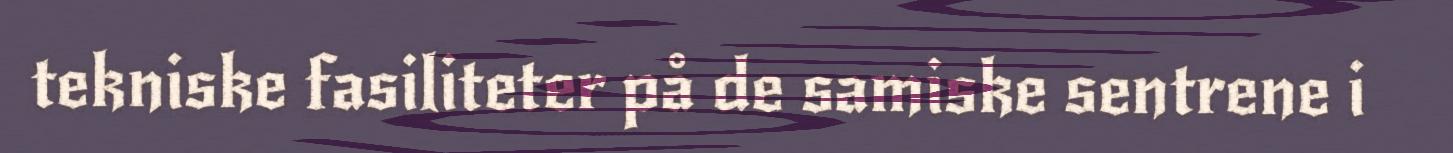
tekniske fasiliteter på de samiske sentrene i